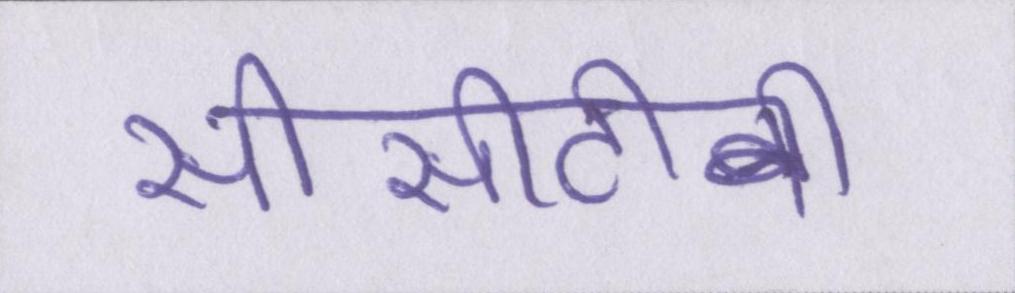
सीसीटीवी